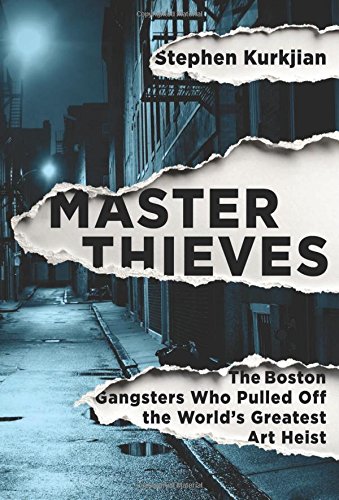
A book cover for Master Thieves: The Boston Gangsters Who Pulled Off the WorldEEs Greatest Art Heist; Stephen Kurkjian; Biographies & Memoirs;